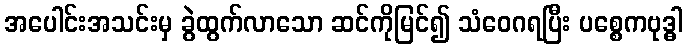
အပေါင်းအသင်းမှ ခွဲထွက်လာသော ဆင်ကိုမြင်၍ သံဝေဂရပြီး ပစ္စေကဗုဒ္ဓါ